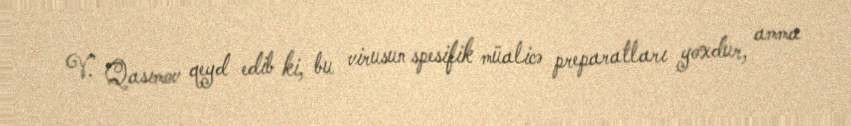
V. Qasımov qeyd edib ki, bu virusun spesifik müalicə preparatları yoxdur, amma